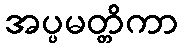
အပ္ပမတ္တိကာ